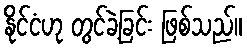
နိုင်ငံဟု တွင်ခဲ့ခြင်း ဖြစ်သည်။